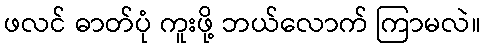
ဖလင် ဓာတ်ပုံ ကူးဖို့ ဘယ်လောက် ကြာမလဲ။